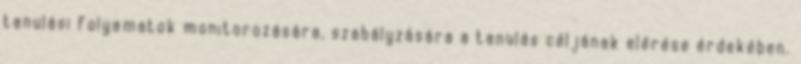
tanulási folyamatok monitorozására, szabályzására a tanulás céljának elérése érdekében.